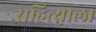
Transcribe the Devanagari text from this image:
सहित्याला